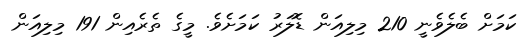
ކަމަށް ބެލެވެނީ 210 މިލިއަން ޑޮލަރު ކަމަށެވެ. މީގެ ތެރެއިން 191 މިލިއަން